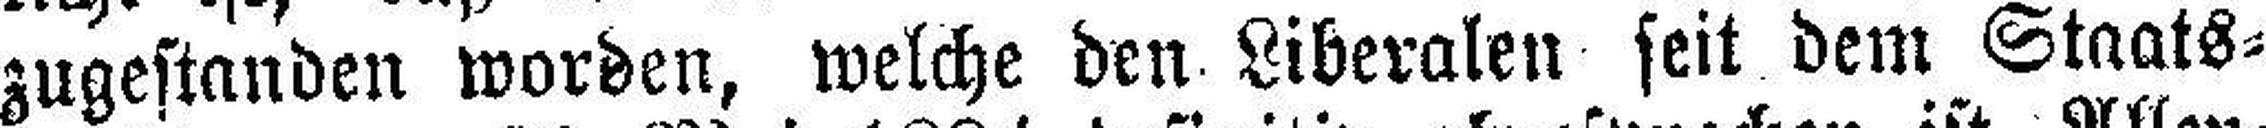
zugestanden worden, welche den Liberalen seit dem Staats¬